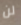
لن